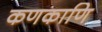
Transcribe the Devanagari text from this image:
कणकाणि